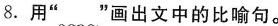
8.用”﹏”画出文中的比喻句。